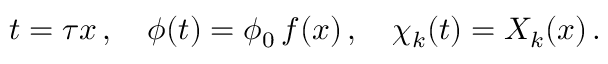
t = \tau x \, , \quad \phi ( t ) = \phi _ { 0 } \, f ( x ) \, , \quad \chi _ { k } ( t ) = X _ { k } ( x ) \, .